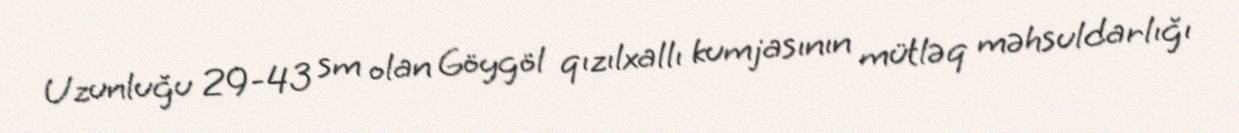
Uzunluğu 29-43 sm olan Göygöl qızılxallı kumjasının mütləq məhsuldarlığı